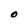
Character: O